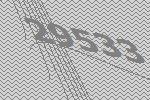
29533